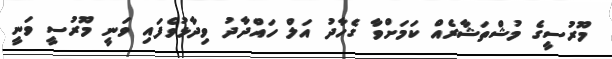
މޫރުސީގެ މުޝްތަޝާރެއް ކަމަށްވާ ގެހާދު އަލް ހައްދާދު ވިދާޅުވެފައި ވަނީ މޫރުސީ ވަނީ